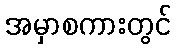
အမှာစကားတွင်